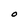
Character: O